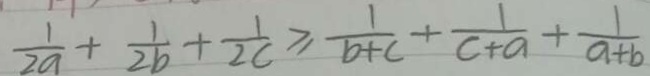
\frac { 1 } { 2 a } + \frac { 1 } { 2 b } + \frac { 1 } { 2 c } \geq \frac { 1 } { b + c } + \frac { 1 } { c + a } + \frac { 1 } { a + b }